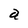
Character: a